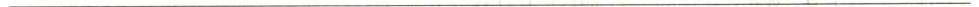
___